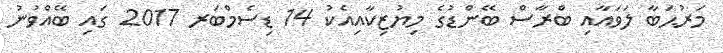
މަރުޙަބާ ލަވައާއި ބްރާސް ބޭންޑުގެ މިޔުޒިކާއިއެކު 14 ޑިސެމްބަރ 2017 ގައި ބޭއްވުނު